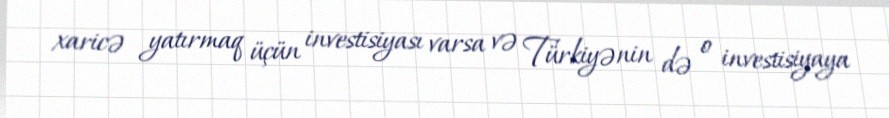
xaricə yatırmaq üçün investisiyası varsa və Türkiyənin də o investisiyaya